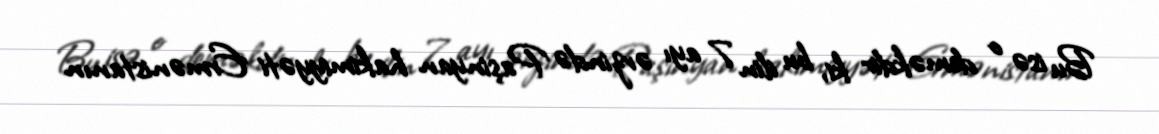
Bu isə o deməkdir ki, bu ilin 7 ayı ərzində Paşinyan hakimiyyəti Ermənistanın